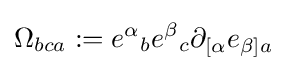
\Omega _{bca}:={e^{\alpha }}_{b}{e^{\beta }}_{c}\partial _{[\alpha }e_{\beta ]a}